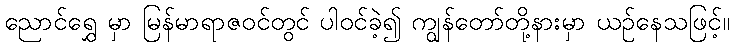
ညောင်ရွှေ မှာ မြန်မာရာဇဝင်တွင် ပါဝင်ခဲ့၍ ကျွန်တော်တို့နားမှာ ယဉ်နေသဖြင့်။